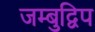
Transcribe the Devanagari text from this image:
जम्‍बुद्विप